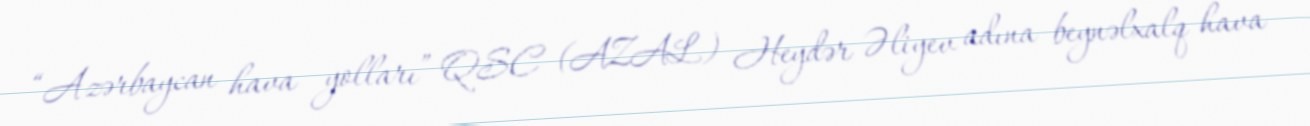
“Azərbaycan hava yolları” QSC (AZAL) Heydər Əliyev adına beynəlxalq hava